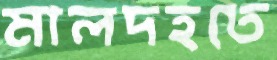
মালদহতে